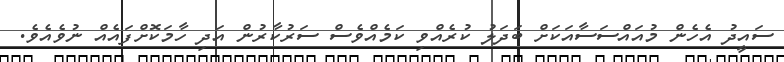
ސައީދު އެހެން މުއައްސަސާއަކަށް ބަދަލު ކުރެއްވި ކަމެއްވެސް ސަރުކާރުން އަދި ހާމަކޮށްފައެއް ނުވެއެވެ.